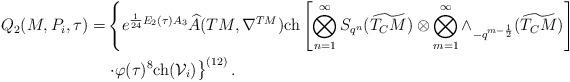
LaTeX: \begin{align*}{Q_2}(M,P_i,\tau)=&\left\{e^{\frac{1}{24}E_2(\tau)A_3}\widehat{A}(TM,\nabla^{ TM}){\rm ch}\left[\bigotimes _{n=1}^{\infty}S_{q^n}(\widetilde{T_CM})\otimes\bigotimes _{m=1}^{\infty}\wedge_{-q^{m-\frac{1}{2}}}(\widetilde{T_CM})\right]\right.\\&\left.\cdot\varphi(\tau)^{8}{\rm ch}(\mathcal{V}_i)\right\}^{(12)}.\end{align*}